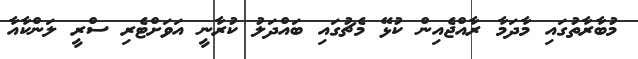
މުބާރާތުގައި މާދަމާ ރާއްޖެއިން ކުޅޭ މެޗުގައި ބައްދަލު ކުރާނީ އަވަށްޓެރި ސްރީ ލަންކާއާ